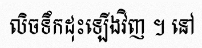
លិចទឹកដុះឡើងវិញ ។ នៅ